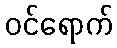
ဝင်ရောက်